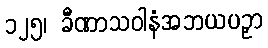
၁၂၅၊ ခီဏာသဝါနံအဘယပဉှာ